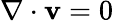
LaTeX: \nabla\cdot\mathbf{v}=0